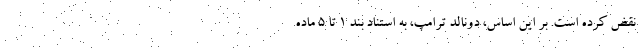
نقض کرده است. بر این اساس، دونالد ترامپ، به استناد بند ۱ تا ۵ ماده